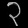
Digit: ၃